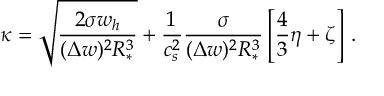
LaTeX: \kappa = \sqrt { \frac { 2 \sigma w _ { h } } { ( \Delta w ) ^ { 2 } R _ { * } ^ { 3 } } } + \frac { 1 } { c _ { s } ^ { 2 } } \frac { \sigma } { ( \Delta w ) ^ { 2 } R _ { * } ^ { 3 } } \left[ \frac { 4 } { 3 } \eta + \zeta \right] \, .